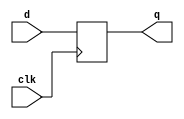
module dff #(
    parameter DATA_WIDTH = 16
)(
    input wire clk,
    input wire [DATA_WIDTH-1 : 0] d,

    output wire [DATA_WIDTH-1 : 0] q
);

reg [DATA_WIDTH-1 : 0] q_r;
assign q = q_r;

initial begin
    q_r <= 1'b0;
end

always @(posedge clk) begin
        q_r <= d;
end

endmodule